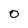
Character: o